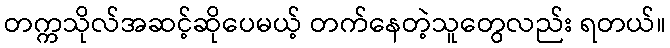
တက္ကသိုလ်အဆင့်ဆိုပေမယ့် တက်နေတဲ့သူတွေလည်း ရတယ်။